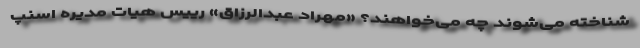
شناخته می‌شوند چه می‌خواهند؟ «مهراد عبدالرزاق» رییس هیات مدیره اسنپ